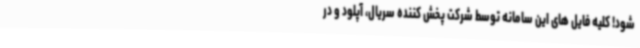
شود! کلیه فایل های این سامانه توسط شرکت پخش کننده سریال، آپلود و در